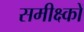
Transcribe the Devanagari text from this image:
समीक्ष्कों